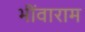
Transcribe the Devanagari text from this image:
भींवाराम